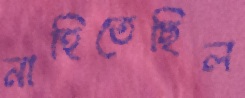
নাহিতেছিল